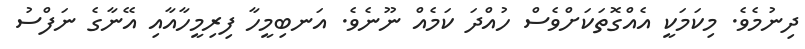
ދިނުމެވެ. މިކަމަކީ އެއްގޮތަކަށްވެސް ހުއްދަ ކަމެއް ނޫނެވެ. އަނބިމީހާ ފިރިމީހާއާއި އޭނާގެ ނަފްސު